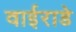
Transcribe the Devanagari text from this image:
वाईराडे